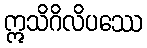
ဣသိဂိလိပဿေ